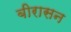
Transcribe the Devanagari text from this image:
बीरासन